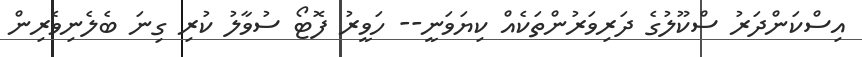
އިސްކަންދަރު ސްކޫލުގެ ދަރިވަރުންތަކެއް ކިޔަވަނީ-- ހަވީރު ފޮޓޯ ސުވާލު ކުރި ގިނަ ބެލެނިވެރިން